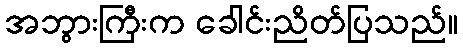
အဘွားကြီးက ခေါင်းညိတ်ပြသည်။